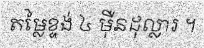
តម្លៃខ្ទង់ ៤ ម៉ឺនដុល្លារ ។